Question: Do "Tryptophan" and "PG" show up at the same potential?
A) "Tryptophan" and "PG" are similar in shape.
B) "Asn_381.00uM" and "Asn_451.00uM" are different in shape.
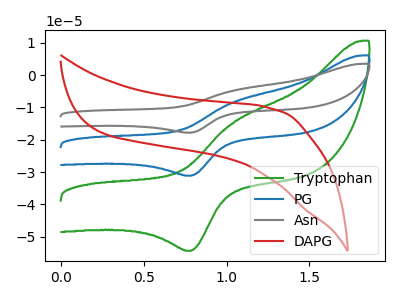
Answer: <think>The green curve "Tryptophan" has an anodic peak at (1.05V, -14.55uA) and a cathodic peak at (0.80V, -54.35uA). The blue curve "PG" has an anodic peak at (1.05V, -8.35uA) and a cathodic peak at (0.80V, -31.10uA). The gray curve "Asn" has an anodic peak at (1.05V, -16.70uA) and a cathodic peak at (0.80V, -62.25uA). The red curve "DAPG" has no peaks.
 All the peaks in "Tryptophan" have a peak in "PG" at the same potential.</think>
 <answer>A) "Tryptophan" and "PG" are similar in shape.</answer>
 <eval>A</eval>